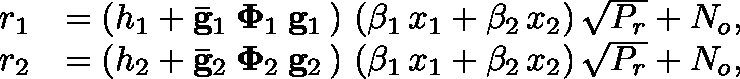
\begin{array} { r l } { r _ { 1 } } & { = \left( h _ { 1 } + \mathbf { \bar { g } } _ { 1 } \: \mathbf { \Phi } _ { 1 } \: \mathbf { g } _ { 1 } \, \right) \, ( \beta _ { 1 } \, x _ { 1 } + \beta _ { 2 } \, x _ { 2 } ) \, \sqrt { P _ { r } } + N _ { o } , } \\ { r _ { 2 } } & { = \left( h _ { 2 } + \mathbf { \bar { g } } _ { 2 } \: \mathbf { \Phi } _ { 2 } \: \mathbf { g } _ { 2 } \, \right) \, ( \beta _ { 1 } \, x _ { 1 } + \beta _ { 2 } \, x _ { 2 } ) \, \sqrt { P _ { r } } + N _ { o } , } \end{array}